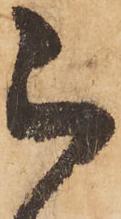
被